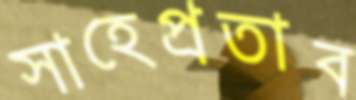
সাহেপ্রতাব